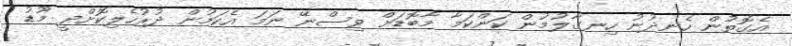
އެގޮތުން ހެނދުނު ހިނގާލުމުން ކަންކަމާ މާބޮޑަށް ވިސްނޭ ނަމަ އެކަމުން ދުރުހެލިކޮށްދީ މޫޑު